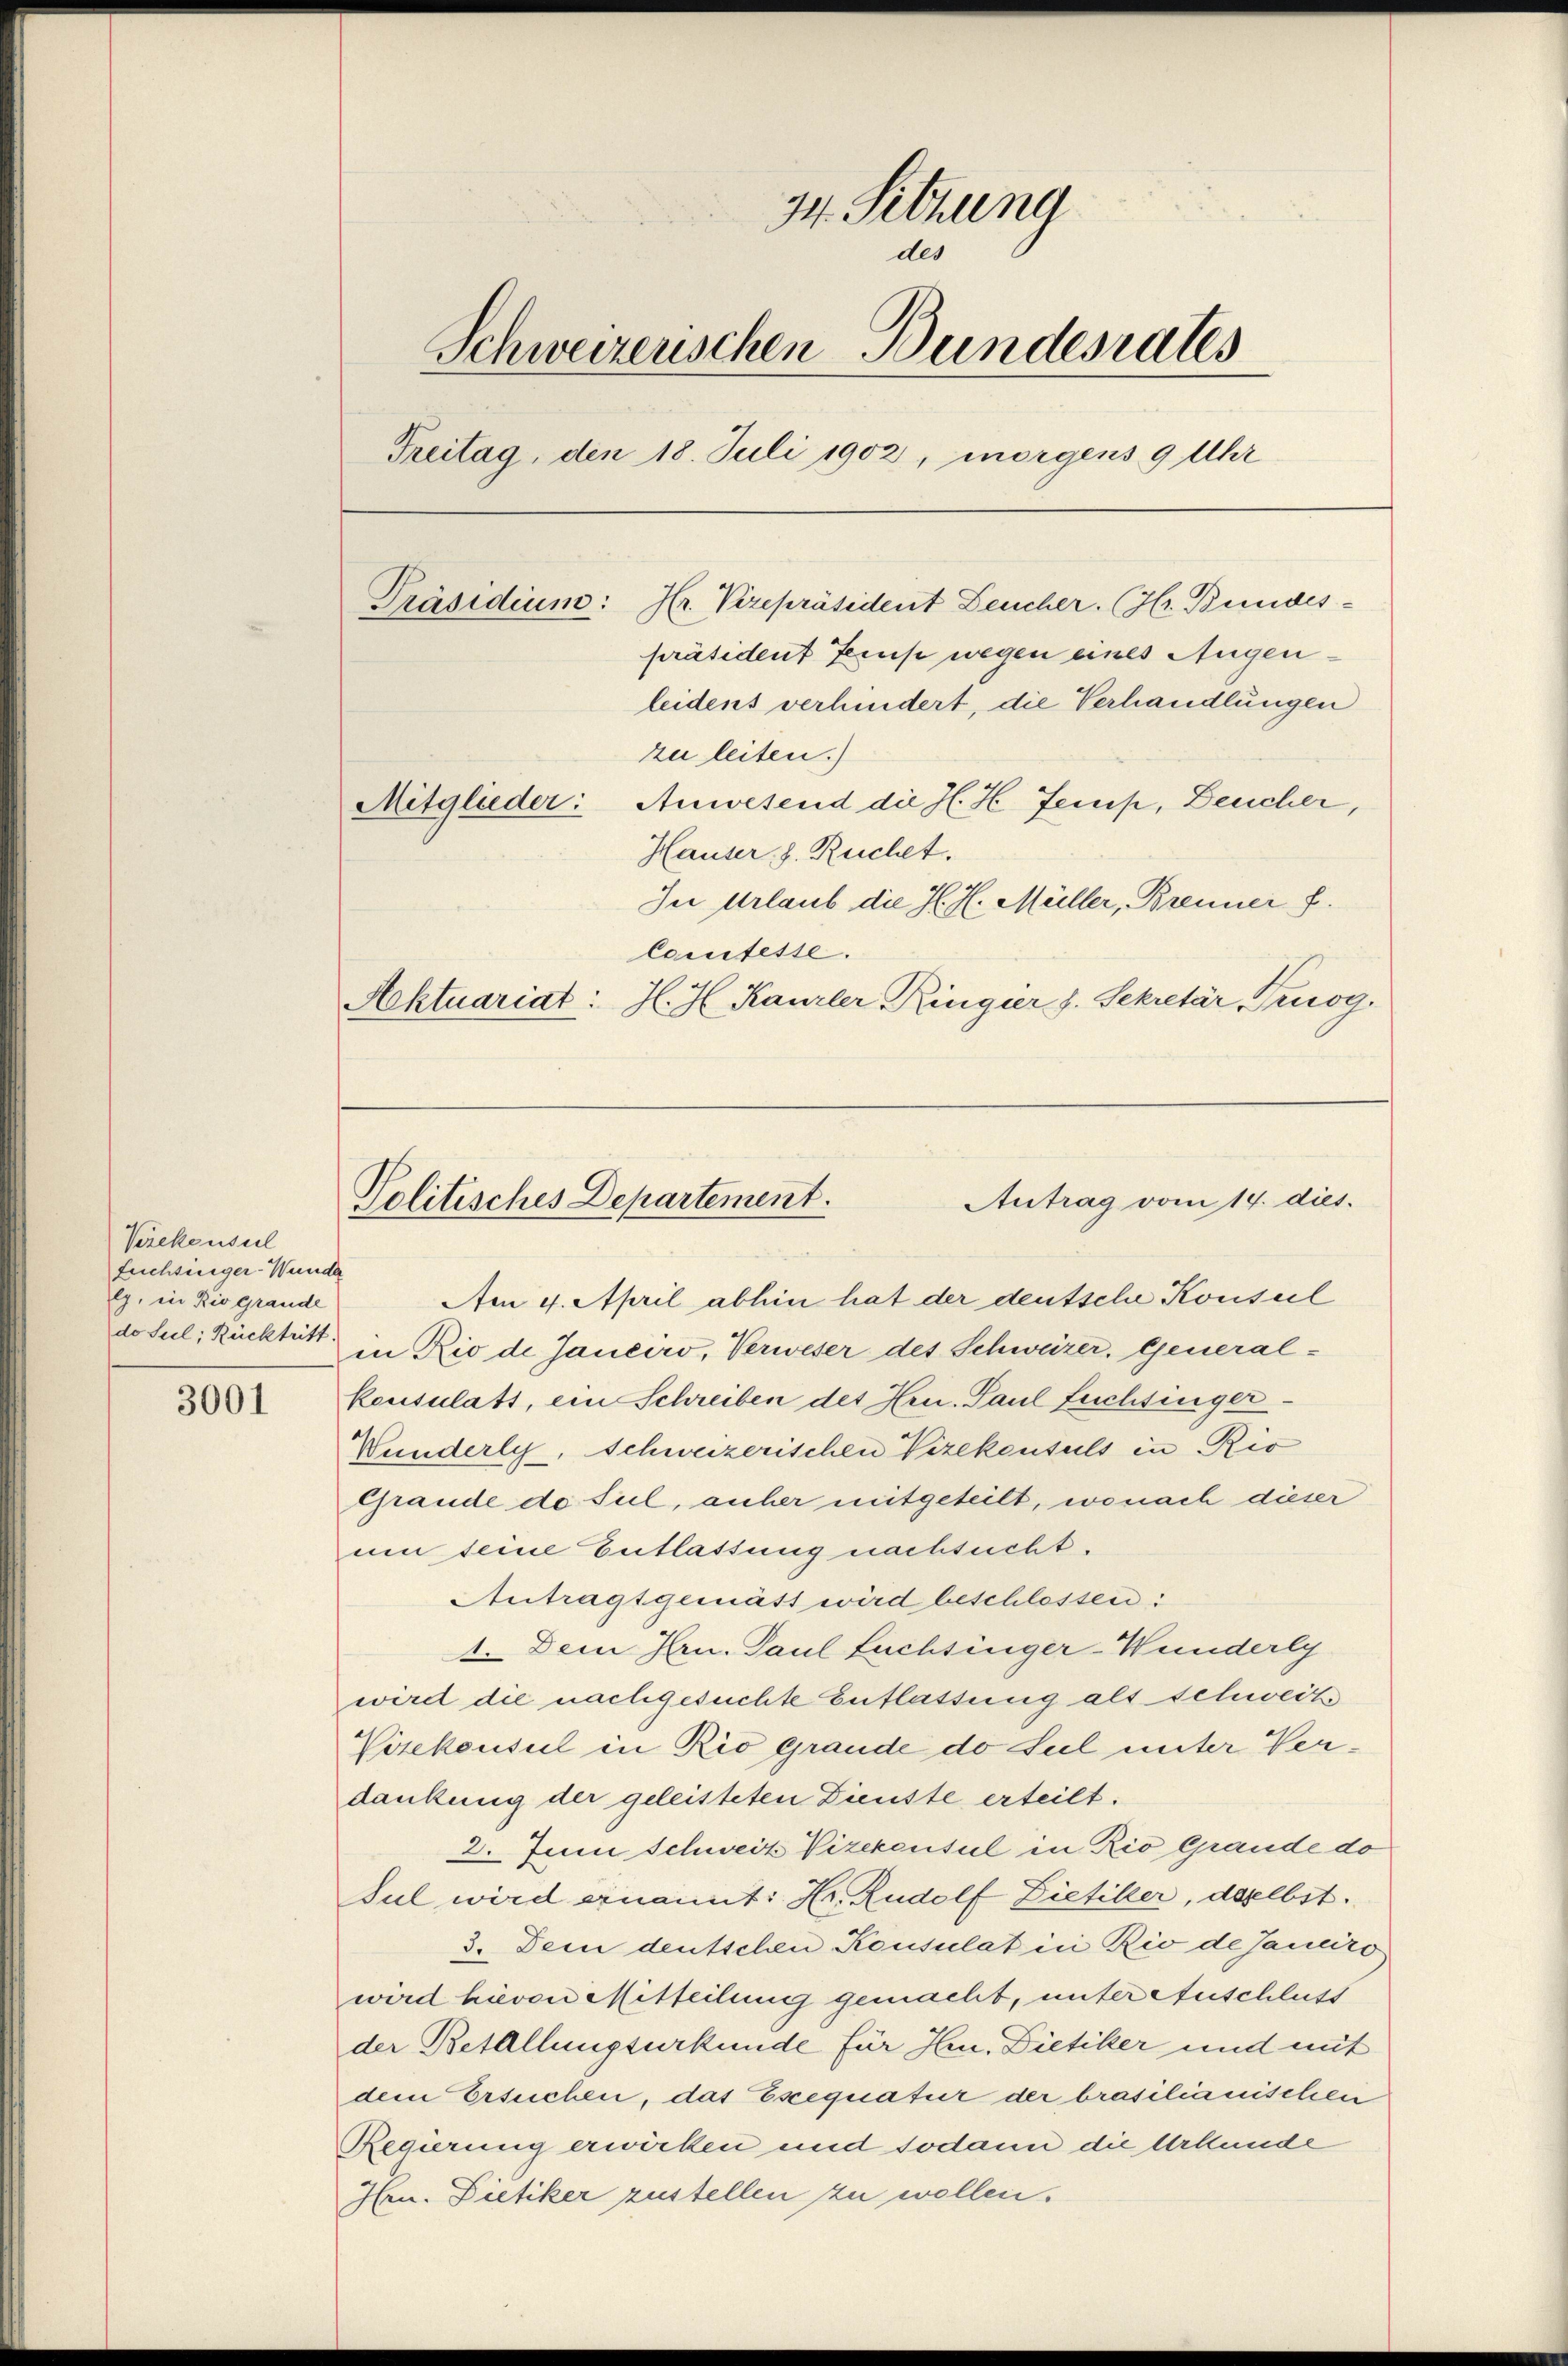
Verckenseel
fuchsiniger-Wunder
ly, in Rio grande
do Sul; Rücktritt.

3001

34. Sitzung
des
Schweizerischen Bundesrates
Treitag, den 18. Juli 1902, morgens 9 Uhr
Präsidium: Hr. Vizepräsident Deucher. (Hr. Bundes-
präsident Ferns wegen eines Augenleidens verhindert, die Verhandlungen
zu leiten.)
Mitglieder: Anwesend die H. H. Jesup, Deucher,
Hauser h. Ruchet.
In Urlaub die H. H. Müller, Brenner f.
Comtesse.
Aktuariat: H. J. Kanzler Ringier J. Sekretär, Truog.

Aen 4. April abhin hat der deutsche Konsul
in Rio de Janeiro, Verweser des Schweizer, General-
konsulats, ein Schreiben des Hrn. Paul Luchtinger.
Wunderly, Schweizerischen Vizekonsuls in Rio
Grande de sul, anher mitgeteilt, wonach dieser
um seine Entlassung nachsucht.
Antragtgemäss wird beschlossen:
1. Dem Hrn. Paul Füchsinger-Wunderly
wird die nachgesuchte Entlassung als Schweiz
Visekonsul in Rio Grande do sul unter Verdankung der geleisteten Dienste erteilt.
2. Juni Schweiz Vizekonsul in Rio Grande do
Jul wird ernannt: Hr. Rudolf Ziefiker, daselbst.
3. Dein deutschen Konsulat in Rio de Janeiro
wird hievon Mitteilung gemacht, unter Auschluss
der Betallungsurkunde für Hr. Dietiker und mit
dem Ersuchen, das Exequatur der brasilianischen
Regierung erwirken und sodann die Urkunde
Ihren. Dietiker zustellen zu wollen.

Antrag vom 14. dies.
Politisches Departement.